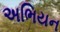
અભિયન